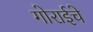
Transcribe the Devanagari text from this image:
गोराईचे